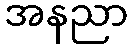
အနညာ